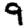
Digit: 9